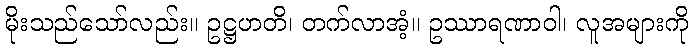
မိုးသည်သော်လည်း။ ဥဋ္ဌဟတိ၊ တက်လာအံ့။ ဥဿာရဏာဝါ၊ လူအများကို